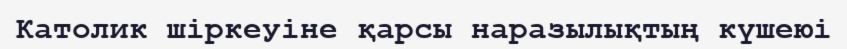
Католик шіркеуіне қарсы наразылықтың күшеюі